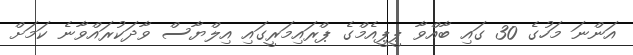
އަންނަ މަހުގެ 30 ގައި ބާއްވާ ޕީޕީއެމްގެ ޕްރައިމަރީގައި އިލްޔާސް ވާދަކުރައްވާނެ ކަމަށް